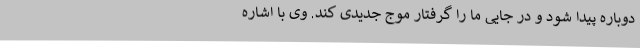
دوباره پیدا شود و در جایی ما را گرفتار موج جدیدی کند. وی با اشاره